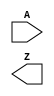
module inverter_nick_yay_2 (input A,
						  output Z);
	assign z = ~A;
endmodule